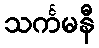
သင်္ကမနီ